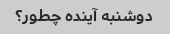
دوشنبه آینده چطور؟